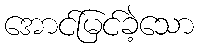
အောင်မြင်ခဲ့သော